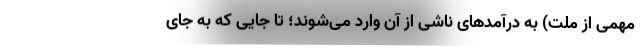
مهمی از ملت) به درآمدهای ناشی از آن وارد می‌شوند؛ تا جایی که به جای